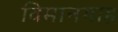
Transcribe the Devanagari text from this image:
विमानगाह